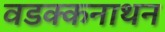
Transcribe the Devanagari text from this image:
वडक्कनाथन